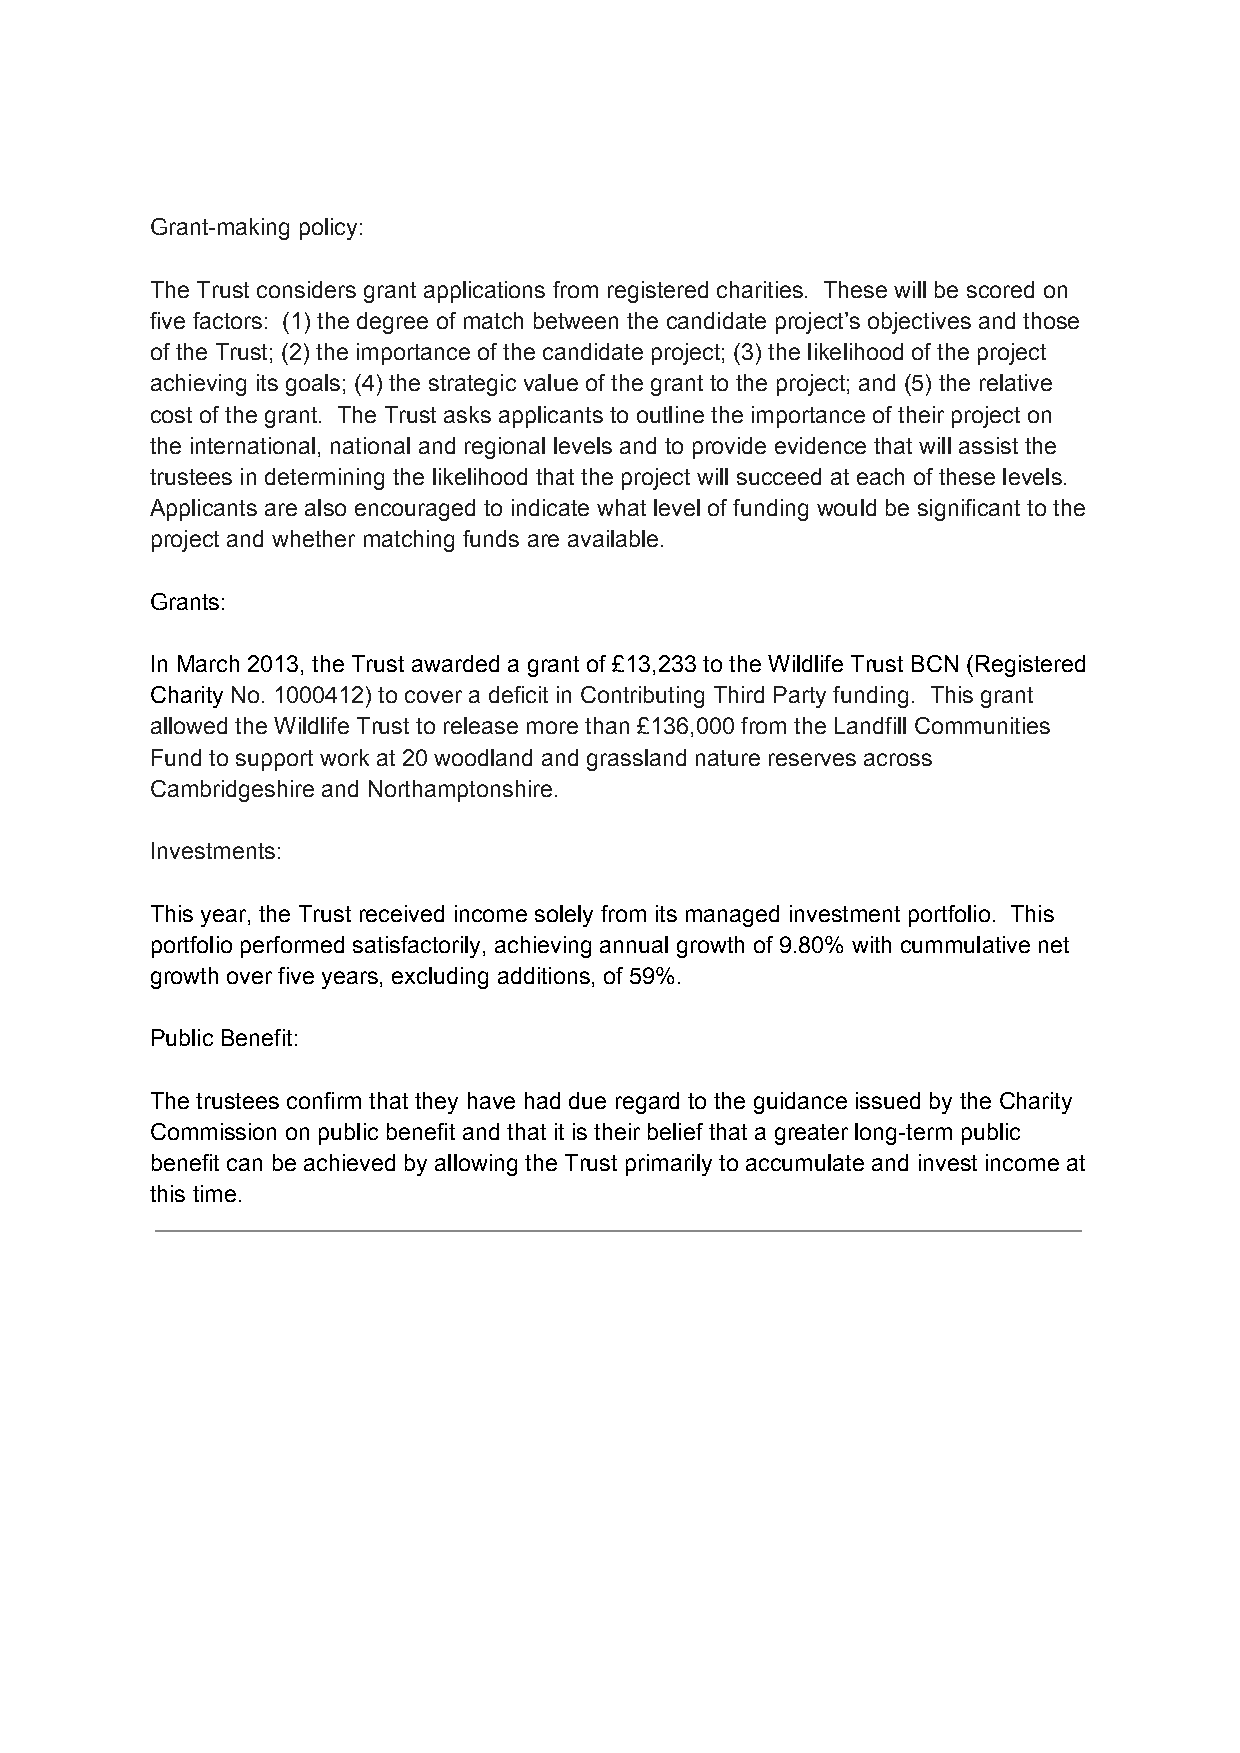
Grant­making policy:
 The Trust considers grant applications from registered charities. These will be scored on
 five factors: (1) the degree of match between the candidate project’s objectives and those
 of the Trust; (2) the importance of the candidate project; (3) the likelihood of the project
 achieving its goals; (4) the strategic value of the grant to the project; and (5) the relative
 cost of the grant. The Trust asks applicants to outline the importance of their project on
 the international, national and regional levels and to provide evidence that will assist the
 trustees in determining the likelihood that the project will succeed at each of these levels.
 Applicants are also encouraged to indicate what level of funding would be significant to the
 project and whether matching funds are available.
 Grants:
 In March 2013, the Trust awarded a grant of £13,233 to the Wildlife Trust BCN (Registered
 Charity No. 1000412) to cover a deficit in Contributing Third Party funding. This grant
 allowed the Wildlife Trust to release more than £136,000 from the Landfill Communities
 Fund to support work at 20 woodland and grassland nature reserves across
 Cambridgeshire and Northamptonshire.
 Investments:
 This year, the Trust received income solely from its managed investment portfolio. This
 portfolio performed satisfactorily, achieving annual growth of 9.80% with cummulative net
 growth over five years, excluding additions, of 59%.
 Public Benefit:
 The trustees confirm that they have had due regard to the guidance issued by the Charity
 Commission on public benefit and that it is their belief that a greater long­term public
 benefit can be achieved by allowing the Trust primarily to accumulate and invest income at
 this time.